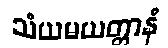
သံယမယတ္တာနံ